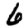
Digit: 6